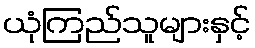
ယုံကြည်သူများနှင့်